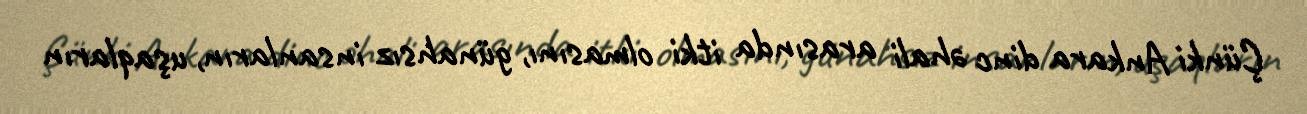
Çünki Ankara dinc əhali arasında itki olmasını, günahsız insanların, uşaqların